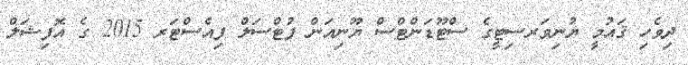
ދިވެހި ޤައުމީ ޔުނިވަރސިޓީގެ ސްޓޫޑަންޓްސް ޔޫނިއަން ފުޓްސަލް ފިއެސްޓަރ 2015 ގެ އޮފިޝަލް